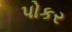
પોકર